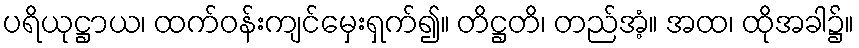
ပရိယုဋ္ဌာယ၊ ထက်ဝန်းကျင်မှေးရှက်၍။ တိဋ္ဌတိ၊ တည်အံ့။ အထ၊ ထိုအခါ၌။